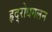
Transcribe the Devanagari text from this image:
हृद्‌रोधगलन